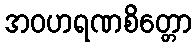
အဝဟရဏစိတ္တော